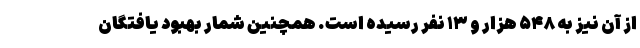
از آن نیز به ۵۴۸ هزار و ۱۳ نفر رسیده است. همچنین شمار بهبود یافتگان